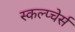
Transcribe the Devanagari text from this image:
स्कल्प्चेर्स